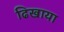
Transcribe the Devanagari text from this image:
ढिखाया